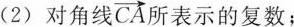
(2)对角线 $$\overrightarrow{CA}$$ 所表示的复数；